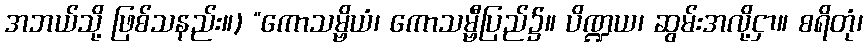
အဘယ်သို့ ဖြစ်သနည်း။) “ကောသမ္ဗိယံ၊ ကောသမ္ဗီပြည်၌။ ပိဏ္ဍယ၊ ဆွမ်းအလို့ငှာ။ စရိတုံ၊